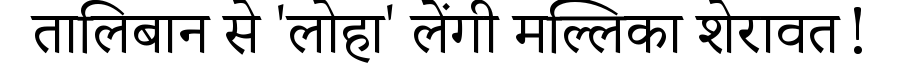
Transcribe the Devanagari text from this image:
तालिबान से 'लोहा' लेंगी मल्लिका शेरावत!